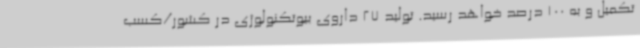
تکمیل و به 100 درصد خواهد رسید. تولید 27 داروی بیوتکنولوژی در کشور/کسب